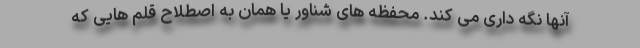
آنها نگه داری می کند. محفظه های شناور یا همان به اصطلاح قلم هایی که